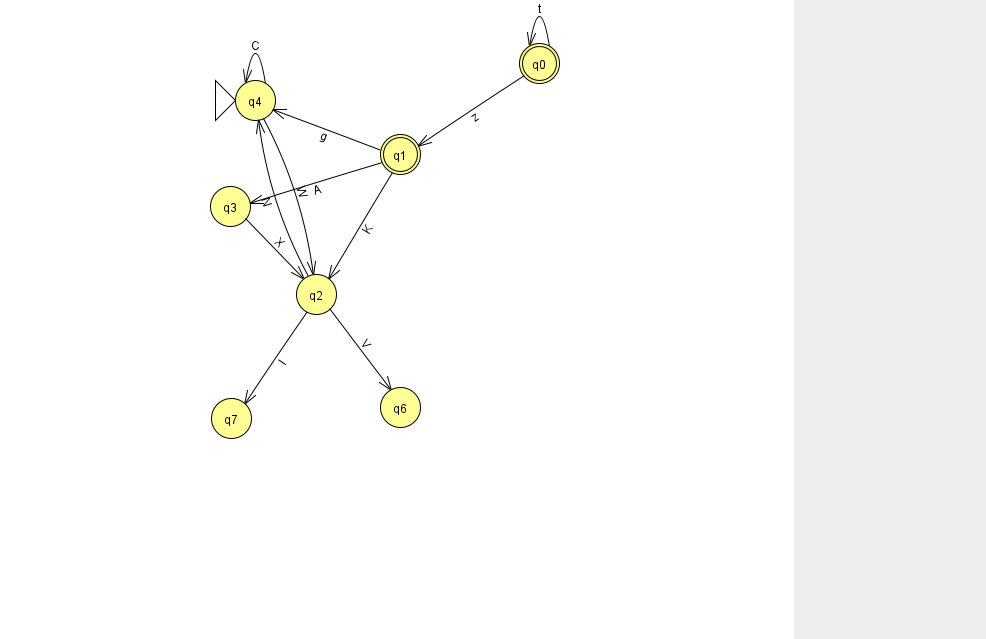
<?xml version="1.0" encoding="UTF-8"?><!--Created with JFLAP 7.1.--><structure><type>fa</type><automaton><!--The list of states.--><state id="0" name="q0"><x>539.0</x><y>50.0</y><final/></state><state id="1" name="q1"><x>400.0</x><y>141.0</y><final/></state><state id="2" name="q2"><x>316.0</x><y>281.0</y></state><state id="3" name="q3"><x>230.0</x><y>193.0</y></state><state id="4" name="q4"><x>255.0</x><y>87.0</y><initial/></state><state id="6" name="q6"><x>400.0</x><y>394.0</y></state><state id="7" name="q7"><x>231.0</x><y>405.0</y></state><!--The list of transitions.--><transition><from>4</from><to>2</to><read>W</read></transition><transition><from>4</from><to>4</to><read>C</read></transition><transition><from>0</from><to>0</to><read>t</read></transition><transition><from>0</from><to>1</to><read>z</read></transition><transition><from>1</from><to>2</to><read>K</read></transition><transition><from>2</from><to>4</to><read>N</read></transition><transition><from>3</from><to>2</to><read>X</read></transition><transition><from>2</from><to>7</to><read>I</read></transition><transition><from>1</from><to>3</to><read>A</read></transition><transition><from>1</from><to>4</to><read>g</read></transition><transition><from>2</from><to>6</to><read>V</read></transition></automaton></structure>